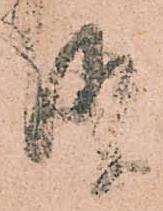
報